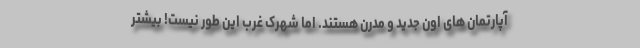
آپارتمان های اون جدید و مدرن هستند. اما شهرک غرب این طور نیست! بیشتر